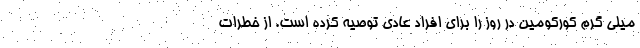
میلی گرم کورکومین در روز را برای افراد عادی توصیه کرده است. از خطرات